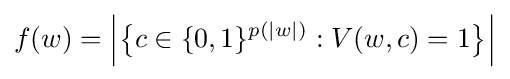
f(w)={\Big |}{\big \{}c\in \{0,1\}^{p(|w|)}:V(w,c)=1{\big \}}{\Big |}